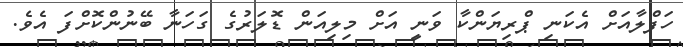
ހަފްލާއަށް އެކަނި ޕްރިޔަންކާ ވަނީ އަށް މިލިއަން ޑޮލަރުގެ ގަހަނާ ބޭނުންކޮށްފަ އެވެ.